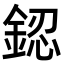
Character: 𨧟